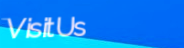
VisitUs